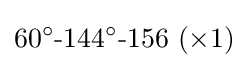
60^{\circ }{\text{-}}144^{\circ }{\text{-}}156~(\times 1)